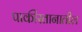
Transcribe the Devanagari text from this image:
पाकीस्तानातील